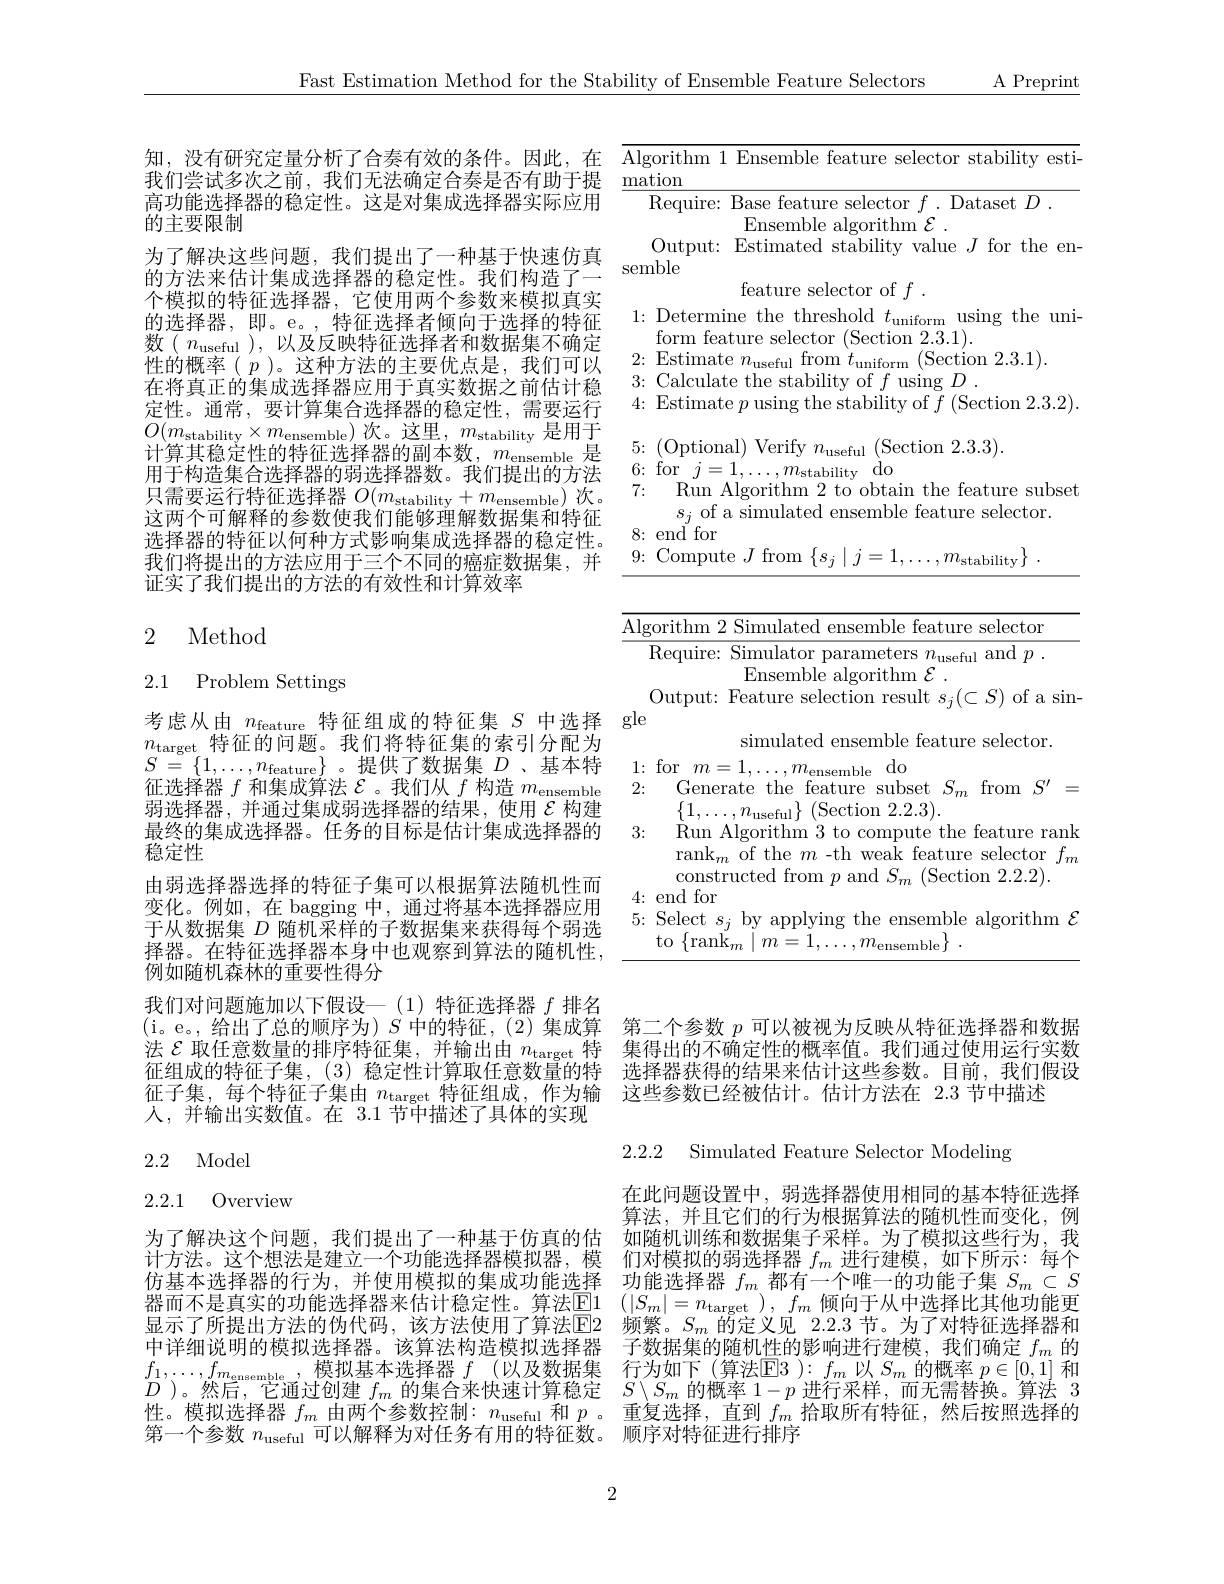
Fast Estimation Method for the Stability of Ensemble Feature Selectors

$\underline{\text{A Preprint}}$

高功能选择器的稳定性。这是对集成选择器实际应用
的主要限制

<table>
	<tbody>
		<tr>
			<td>$\overline{\mathrm{Alg}}$ ma</td>
			<td>hm 1 Ensemble feature selector stability esti</td>
		</tr>
		<tr>
			<td>$\operatorname{Alg}$ ma Sem</td>
			<td>hm 1 Ensemble feature selector stability esti- uire: Base feature selector $f.$ Dataset $D.$ Ensemble algorithm $\mathcal{E}$ . tput: Estimated stability value $J$ for the en-</td>
		</tr>
		<tr>
			<td>1:</td>
			<td>termine the threshold $t_\mathrm{uniform}$ using the uni- Y foaturo 1 solertor $\cdot/\mathbf{S}_{\mathrm{Oction}}$ $9\left(2,1\right)$</td>
		</tr>
		<tr>
			<td>2</td>
			<td> </td>
		</tr>
		<tr>
			<td>$\angle1$ 1. 1 0</td>
			<td>$:\mathbf{m}$</td>
		</tr>
	</tbody>
</table>

知，没有研究定量分析了合奏有效的条件。因此，在我们尝试多次之前，我们无法确定合奏是否有助于提为了解决这些问题，我们提出了一种基于快速仿真的方法来估计集成选择器的稳定性。我们构造了一个模拟的特征选择器，它使用两个参数来模拟真实的选择器，即。e。,特征选择者倾向于选择的特征数( $n_\mathrm{useful}$ ), 以及反映特征选择者和数据集不确定性的概率( $p$ )。这种方法的主要优点是，我们可以在将真正的集成选择器应用于真实数据之前估计稳定性。通常，要计算集合选择器的稳定性，需要运行$O(m_{\mathrm{stability}}\times m_{\mathrm{ensemble}})$次。这里，$m_\mathrm{stability}$是用于计算其稳定性的特征选择器的副本数，$m_\mathrm{ensemble}$是用于构造集合选择器的弱选择器数。我们提出的方法只需要运行特征选择器$O(m_\mathrm{stability}+m_\mathrm{ensemble})$次。这两个可解释的参数使我们能够理解数据集和特征选择器的特征以何种方式影响集成选择器的稳定性。我们将提出的方法应用于三个不同的癌症数据集，并证实了我们提出的方法的有效性和计算效率

## 2 Method

## 2.1 Problem Settings

<table>
	<tbody>
		<tr>
			<th> </th>
			<th>$\operatorname{Require}:$</th>
			<th>Simulator parameters $n_\mathrm{useful}$ and $p.$ re: $\begin{array}{cc}{+}&{1}\\{1}&{1}\end{array}$ Fnsemble algorithm</th>
		</tr>
		<tr>
			<td>4: 5:</td>
			<td>for end Select $S_{j}$ to rank. </td>
			<td>0r by applying the ensemble algorithm 1 ank $m=1$ $,m_{\mathrm{ensemble}}$</td>
		</tr>
	</tbody>
</table>

考虑从由$n_\mathrm{feature}$特征组成的特征集$S$中选择$n_{\mathrm{target}}$特征的问题。我们将特征集的索引分配为$S=\{1,\ldots,n_{\mathrm{feature}}\}$。提供了数据集$D$、基本特征选择器$f$和集成算法$\mathcal{E}$ 。我们从$f$构造$m_\mathrm{ensemble}$ 弱选择器，并通过集成弱选择器的结果，使用$\mathcal{E}$构建最终的集成选择器。任务的目标是估计集成选择器的稳定性
由弱选择器选择的特征子集可以根据算法随机性而变化。例如，在 bagging 中，通过将基本选择器应用于从数据集$D$随机采样的子数据集来获得每个弱选择器。在特征选择器本身中也观察到算法的随机性， 例如随机森林的重要性得分
我们对问题施加以下假设一(1)特征选择器$f$排名
(i。e。,给出了总的顺序为)$S$中的特征，(2)集成算 第二个参数$p$可以被视为反映从特征选择器和数据
法$\mathcal{E}$取任意数量的排序特征集，并输出由$n_\mathrm{target}$特
征组成的特征子集，(3)稳定性计算取任意数量的特 选择器获得的结果来估计这些参数。目前，我们假设
征子集，每个特征子集由$n_\mathrm{target}$特征组成，作为输 这些参数已经被估计。估计方法在 2.3 节中描述
人，并输出实数值。在 3.1 节中描述了具体的实现

集得出的不确定性的概率值。我们通过使用运行实数

2.2.2 Simulated Feature Selector Modeling

## 2.2 Model

## 2.2.1 Overview

在此问题设置中，弱选择器使用相同的基本特征选择算法，并且它们的行为根据算法的随机性而变化，例如随机训练和数据集子采样。为了模拟这些行为，我
计方法。这个想法是建立一个功能选择器模拟器，模 们对模拟的弱选择器$f_m$进行建模，如下所示：每个仿基本选择器的行为，并使用模拟的集成功能选择 功能选择器$f_m$都有一个唯一的功能子集$S_m\subset S$ 器而不是真实的功能选择器来估计稳定性。算法$\underline {\mathrm{E} }1$ $\left ( | S_m| = n_{\mathrm{target}}\right ) , f_m$ 倾向于从中选择比其他功能更显示了所提出方法的伪代码，该方法使用了算法$\mathbb{E}$2 频繁。$S_m$ 的定义见 2.2.3 节。为了对特征选择器和
子数据集的随机性的影响进行建模，我们确定$f_m$的
模拟基本选择器$f$ (以及数据集 行为如下 (算法$\mathbb{E}3):f_m$以$S_m$的概率$p\in[0,1]$和
$S\setminus S_m$的概率$1-p$进行采样，而无需替换。算法 3
性。模拟选择器$f_m$由两个参数控制：$n_\text{useful 和 }p$ 。重复选择 , 直到$f_m$拾取所有特征，然后按照选择的
第一个参数$n_\mathrm{useful}$可以解释为对任务有用的特征数。顺序对特征进行排序

为了解决这个问题，我们提出了一种基于仿真的估中详细说明的模拟选择器。该算法构造模拟选择器$f_{1},\ldots,f_{m_{\mathrm{ensemble}}}$
$D^{\prime})$。然后，它通过创建$f_m$的集合来快速计算稳定

2